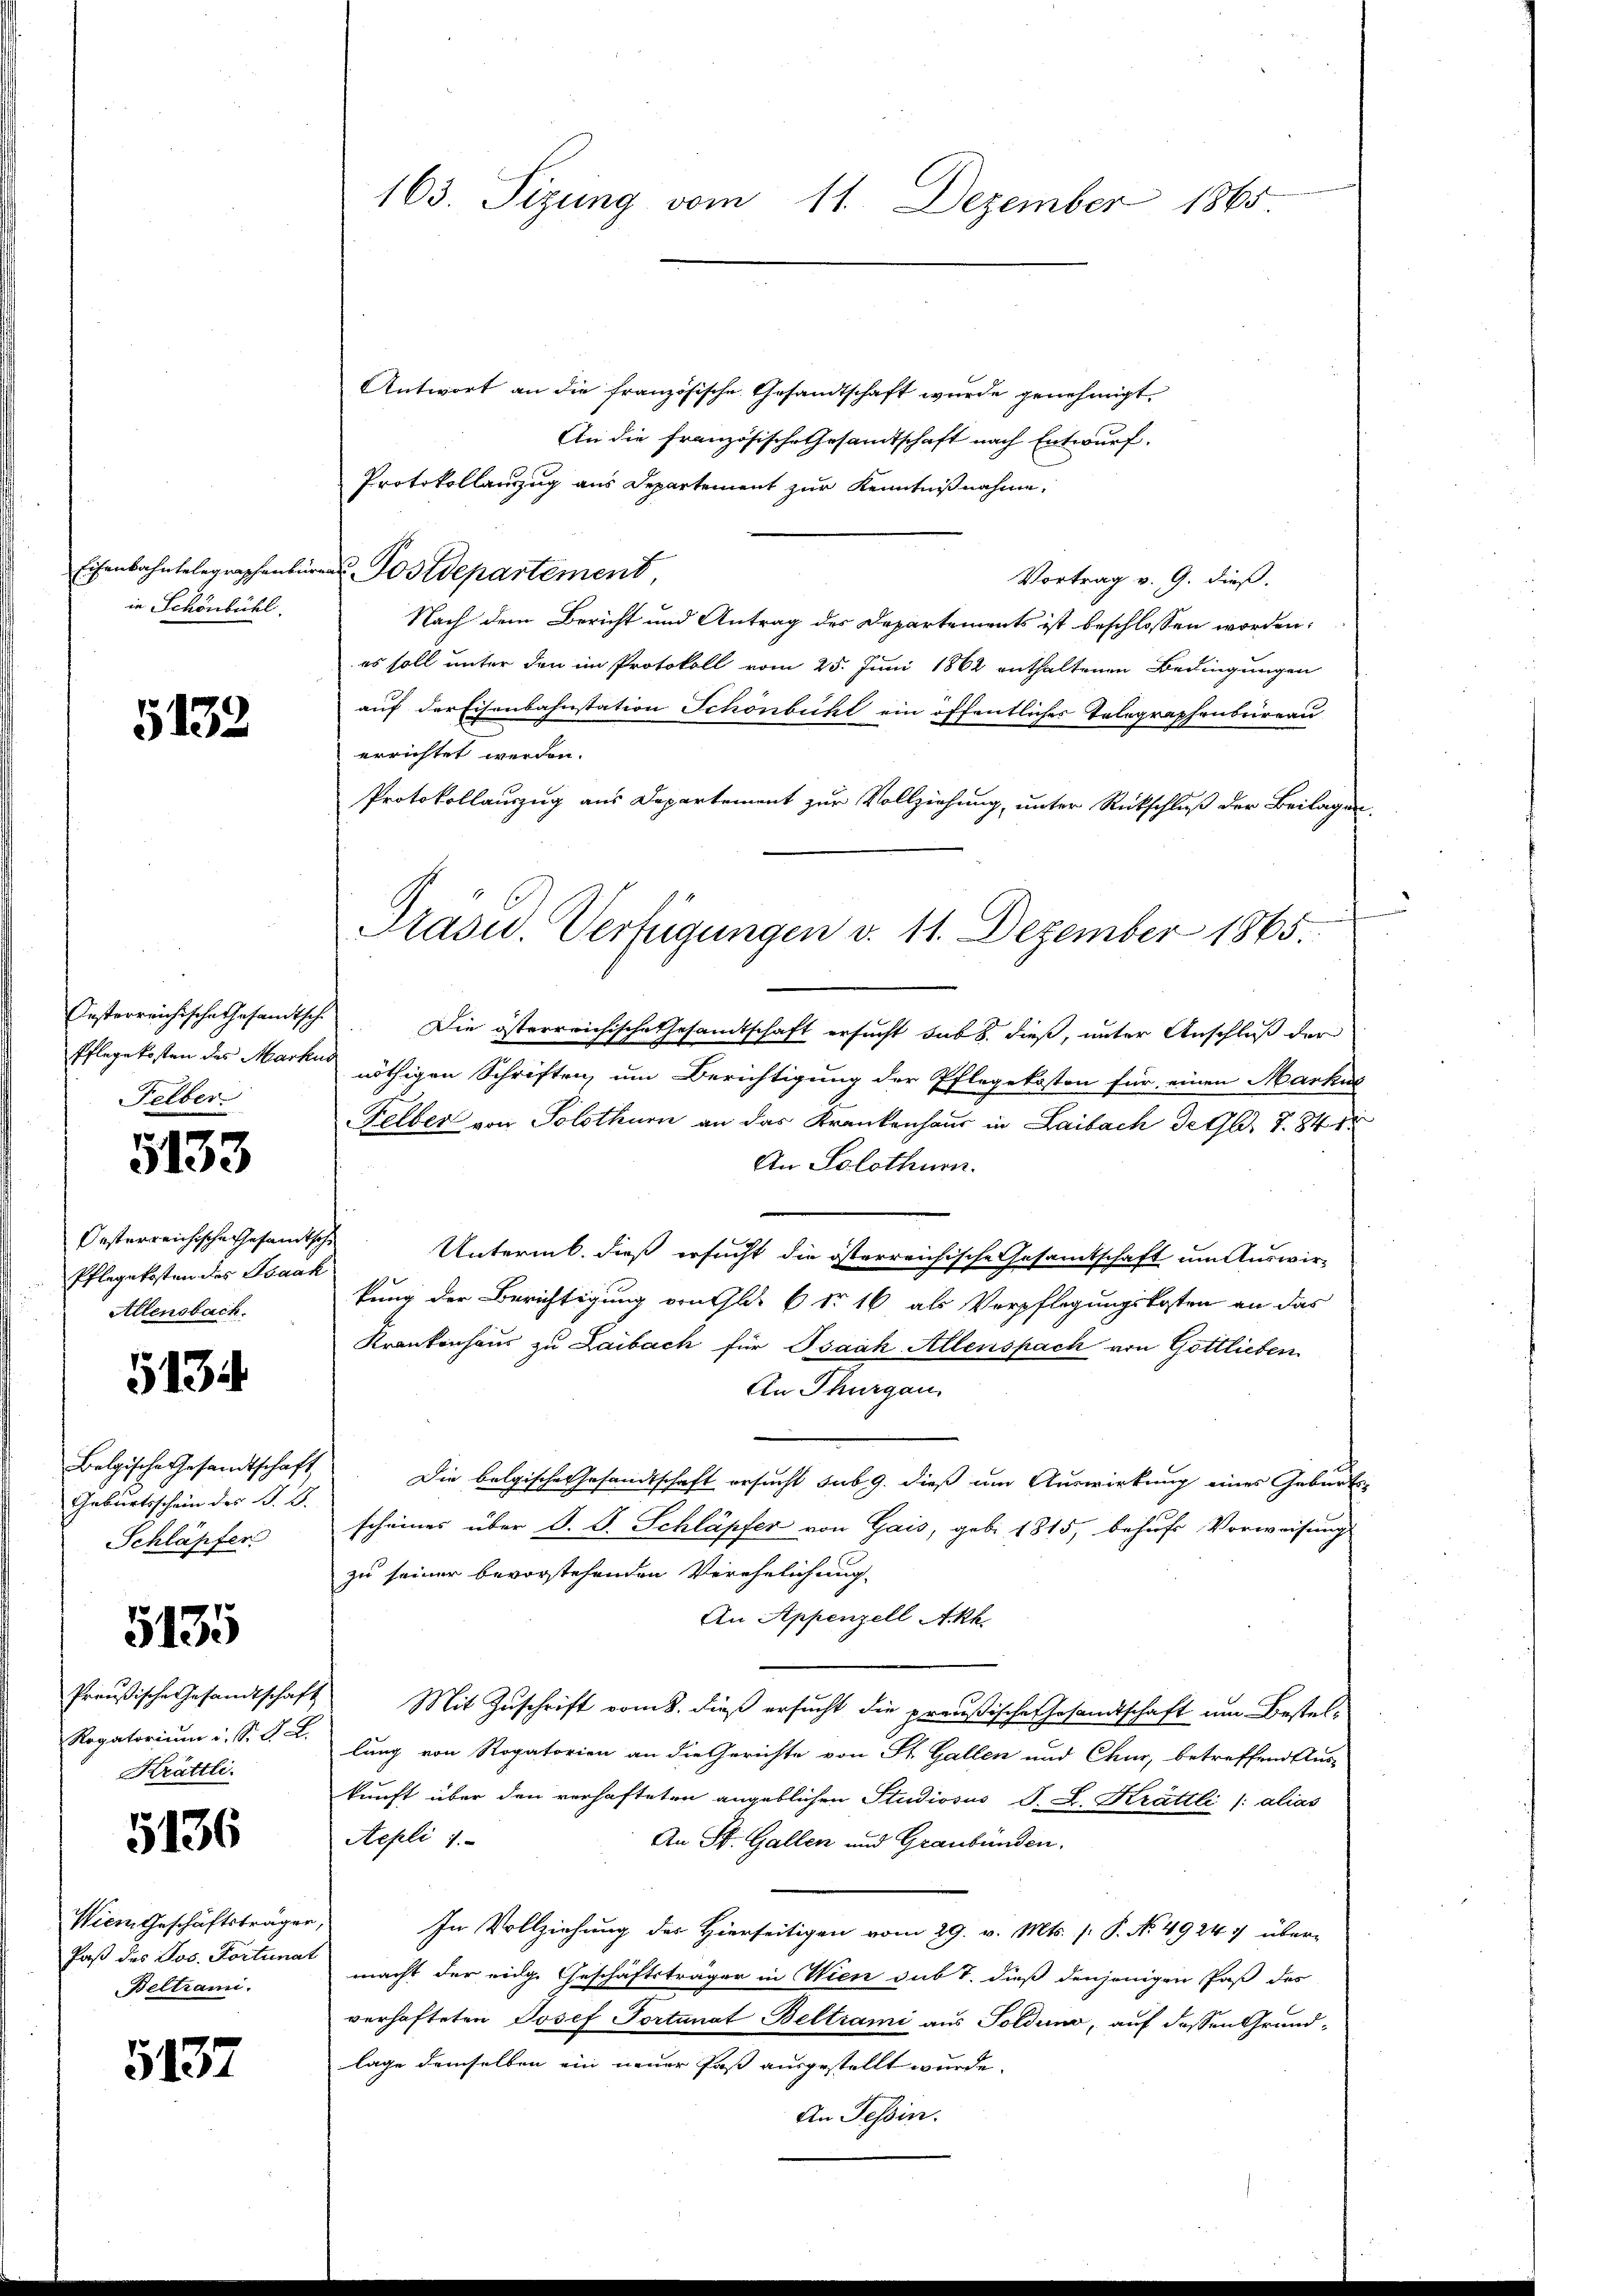
in Schönbühl.

5133

Oesterreichische Gesandtsche
Pflegekosten des Markus
Felber.

5133

Oesterreichische Gesandtsche
Pflegekosten des Isaak
Allensbach.

5134

Geburtsschein des G. B.
Schläpfer

5135

Krättli.

5136

Wiem Geschäftsträger,
Paß des Jos. Fortunat
Beltrami

5137

163. Sizung vom 11. Dezember 1865.

Antwort an die französische Gesandtschaft wurde genehmigt.
An die französische Gesandtschaft nach Entwurf.
Protokollanzug aus Departement zur Kenntnißnahme,
Eisenbahnbelegraphenbüren Postdepartement,
Vortrag v. 9. dieß.
Nach dem Bericht und Antrag des Departements ist beschlossen worden.
es soll unter den im Protokoll vom 25. Juni 1862 enthaltenen Bedingungen
auf der Eisenbahnstation Schönbühl ein öffentliches Telegraphenbureau
errichtet werden.
Protokollauszug aus Departement zur Vollziehung, unter Rückschluß der Beilagen,
.
Die österreichische Gesandtschaft ersucht sub b. dieß, unter Anschluß der
nöthigen Schriften, um Berichtigung der Pflegekoston für einen Markus
Felber von Solothurn an das Krankenhaus in Laibach de Gld. 7. 841
An Solothurn.
Untermb. dieß ersucht die österreichische Gesamtschaft um Auswir-
kung der Berichtigung von fl. 6 Nr 16 als Verpflegungskosten an das
Krankenhaus zu Laibach für Isaak Allenspach von Gottlieben
An Thurgau,
Belgische Gesandtschaft. Die belgische Gesandtschaft ersucht sub 9. dieß um Auswirkung eines Geburts-
scheines über S. S. Schläpfer von Gais, geb. 1815, behufs Vorweisung
zu seiner bevorstehenden Verehelichung
An Appenzell Akh.
Preußische Gesandtschaft Mit Zuschrift vom 8. dieß ersucht die preußische Gesandtschaft um Bestel¬
Rogatorium i. S. K. K. lung von Rogatorien an die Gerichte von St. Gallen und Chur, betreffend Aus-
kunft über den verhafteten angeblichen Studiosus S. L. Krättli (alias
Aepli 1
An St. Gallen und Graubünden.
In Vollziehung des Hierseitigen vom 29. v. Mts. (: P. No. 49247 über-
macht der eidge Geschäftsträger in Wien sub 1. dieß denjenigen Paß des
verhafteten Josef Portunat Beltrami aus Solduno, auf dessen Grundlage demselben ein neuer fast ausgestellt wurde.
An Tessin.

Prasid. Verfügungen v. 11. Dezember 1865.